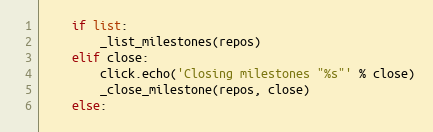
Language: Python
    if list:
        _list_milestones(repos)
    elif close:
        click.echo('Closing milestones "%s"' % close)
        _close_milestone(repos, close)
    else: